Civil Veterinary Department. United Provinces 1923-31 - 1923-1931
Year: 1923
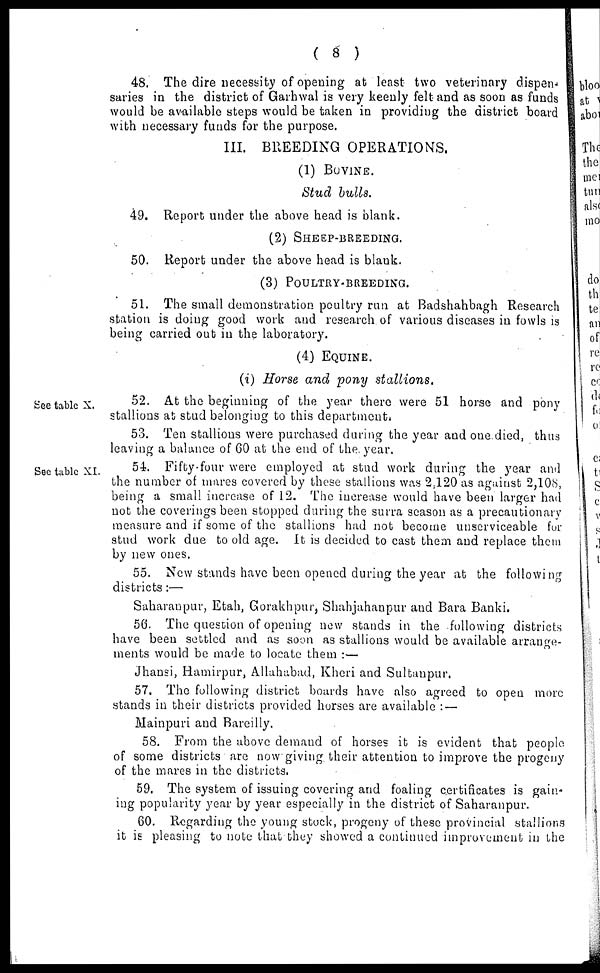
( 8 )
48. The dire necessity of opening at least two veterinary dispen-
saries in the district of Garhwal is very keenly felt and as soon as funds
would be available steps would be taken in providing the district board
with necessary funds for the purpose.
III. BREEDING OPERATIONS.
(1) BOVINE.
Stud bulls.
49. Report under the above head is blank.
(2) SHEEP-BREEDING.
50. Report under the above head is blank.
(3) POULTRY-BREEDING.
51. The small demonstration poultry run at Badshahbagh Research
station is doing good work and research of various diseases in fowls is
being carried out in the laboratory.
(4) EQUINE.
(i) Horse and pony
stallions.
See table X.
52. At the beginning of the year there were 51 horse and pony
stallions at stud belonging to this department.
53. Ten stallions were purchased during the year and one died, thus
leaving a balance of 60 at the end of the. year.
Sec table XI.
54. Fifty-four were employed at stud work during the year and
the number of mares covered by these stallions was 2.120 as against 2,108,
being a small increase of 12. The increase would have been larger had
not the coverings been stopped during the surra season as a precautionary
measure and if some of the stallions had not become unserviceable for
stud work due to old age. It is decided to cast them and replace them
by new ones.
55. New stands have been opened during the year at the following
districts :—
Saharanpur, Etah, Gorakhpur, Shahjahanpur and Bara Banki.
56. The question of opening new stands in the following districts
have been settled and as soon as stallions would be available arrange-
ments would be made to locate them :—
Jhansi, Hamirpur, Allahabad, Kheri and Sultanpur.
57. The following district boards have also agreed to open more
stands in their districts provided horses are available : —
Mainpuri and Bareilly.
58. From the above demand of horses it is evident that people
of some districts are now giving their attention to improve the progeny
of the mares in the districts.
59. The system of issuing covering and foaling certificates is gain-
ing popularity year by year especially in the district of Saharanpur.
60. Regarding the young stock, progeny of these provincial stallions
it is pleasing to note that they showed a continued improvement in the